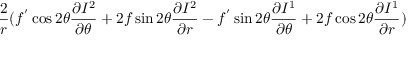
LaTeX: \frac { 2 } { r } ( f ^ { ' } \cos 2 \theta \frac { \partial I ^ { 2 } } { \partial \theta } + 2 f \sin 2 \theta \frac { \partial I ^ { 2 } } { \partial r } - f ^ { ' } \sin 2 \theta \frac { \partial I ^ { 1 } } { \partial \theta } + 2 f \cos 2 \theta \frac { \partial I ^ { 1 } } { \partial r } ) \nonumber